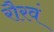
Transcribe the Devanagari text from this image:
रौरवं